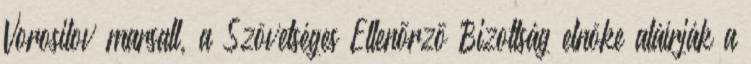
Vorosilov marsall, a Szövetséges Ellenõrzõ Bizottság elnöke aláírják a